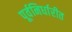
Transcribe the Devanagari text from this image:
पूर्वनिर्धारीत